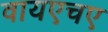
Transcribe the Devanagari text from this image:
वायएचए